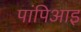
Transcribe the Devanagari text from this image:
पांपिआइ